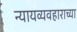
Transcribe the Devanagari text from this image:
न्यायव्यवहाराच्या